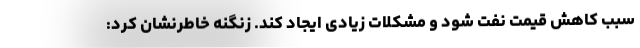
سبب کاهش قیمت نفت شود و مشکلات زیادی ایجاد کند. زنگنه خاطرنشان کرد: